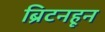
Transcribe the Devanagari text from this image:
ब्रिटनहून